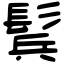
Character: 鬂